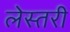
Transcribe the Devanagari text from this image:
लेस्तरी